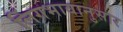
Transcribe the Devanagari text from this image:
लिंगभावानुसार